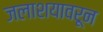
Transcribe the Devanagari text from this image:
जलाशयावरून